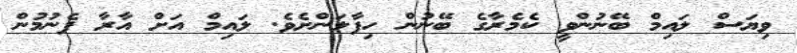
ވިޔަސް ލައިމް ބޭނުންވީ ކެމެރާގެ ބޭނުން ހިފާލަންށެވެ. ލައިމް އަށް އާރާ ފެނުމުން